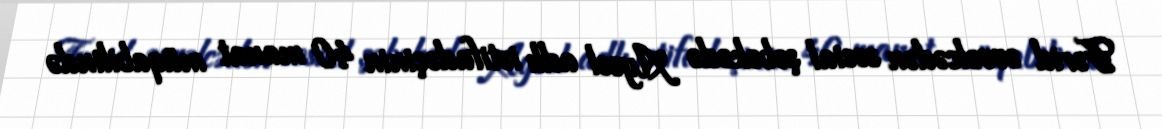
Fərid əvvəlcədən sosial şəbəkədə Aysel adlı istifadəçinin 40 manat müqabilində